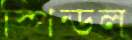
স্পিন্ডল